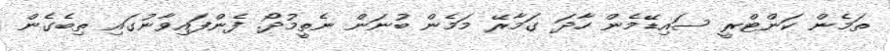
ތަމެން ކަންޓްރީ ސައިޑޭމެން ހާދަ ގަމާރޭ މަމެން ބުނަން ނެތީމުދޯ. ފެންފައިވާނުގައި ތިބެގެން